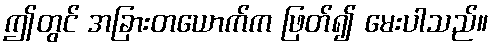
ဤတွင် အခြားတယောက်က ဖြတ်၍ မေးပါသည်။